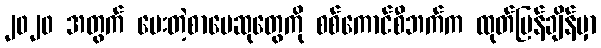
၂၀၂၀ အတွက် ပေးတဲ့စာပေဆုတွေကို စစ်ကောင်စီဘက်က ထုတ်ပြန်ချိန်မှာ